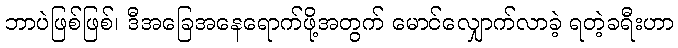
ဘာပဲဖြစ်ဖြစ်၊ ဒီအခြေအနေရောက်ဖို့အတွက် မောင်လျှောက်လာခဲ့ ရတဲ့ခရီးဟာ